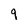
Character: 9